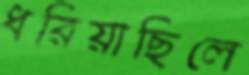
ধরিয়াছিলে